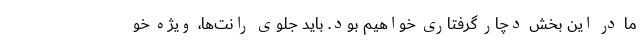
ما در این بخش دچار گرفتاری خواهیم بود. باید جلوی رانت‌ها، ویژه خو